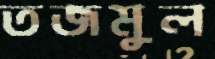
তজমুল